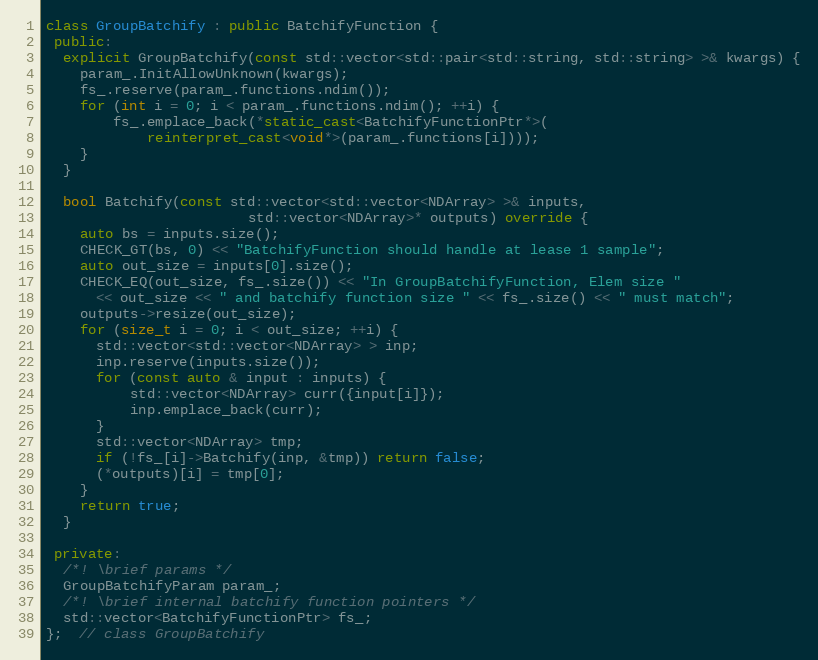
Language: C++
class GroupBatchify : public BatchifyFunction {
 public:
  explicit GroupBatchify(const std::vector<std::pair<std::string, std::string> >& kwargs) {
    param_.InitAllowUnknown(kwargs);
    fs_.reserve(param_.functions.ndim());
    for (int i = 0; i < param_.functions.ndim(); ++i) {
        fs_.emplace_back(*static_cast<BatchifyFunctionPtr*>(
            reinterpret_cast<void*>(param_.functions[i])));
    }
  }

  bool Batchify(const std::vector<std::vector<NDArray> >& inputs,
                        std::vector<NDArray>* outputs) override {
    auto bs = inputs.size();
    CHECK_GT(bs, 0) << "BatchifyFunction should handle at lease 1 sample";
    auto out_size = inputs[0].size();
    CHECK_EQ(out_size, fs_.size()) << "In GroupBatchifyFunction, Elem size "
      << out_size << " and batchify function size " << fs_.size() << " must match";
    outputs->resize(out_size);
    for (size_t i = 0; i < out_size; ++i) {
      std::vector<std::vector<NDArray> > inp;
      inp.reserve(inputs.size());
      for (const auto & input : inputs) {
          std::vector<NDArray> curr({input[i]});
          inp.emplace_back(curr);
      }
      std::vector<NDArray> tmp;
      if (!fs_[i]->Batchify(inp, &tmp)) return false;
      (*outputs)[i] = tmp[0];
    }
    return true;
  }

 private:
  /*! \brief params */
  GroupBatchifyParam param_;
  /*! \brief internal batchify function pointers */
  std::vector<BatchifyFunctionPtr> fs_;
};  // class GroupBatchify